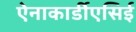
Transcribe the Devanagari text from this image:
ऐनाकार्डीएसिई